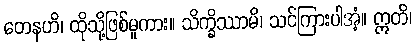
တေနဟိ၊ ထိုသို့ဖြစ်မူကား။ သိက္ခိဿာမိ၊ သင်ကြားပါအံ့။ ဣတိ၊